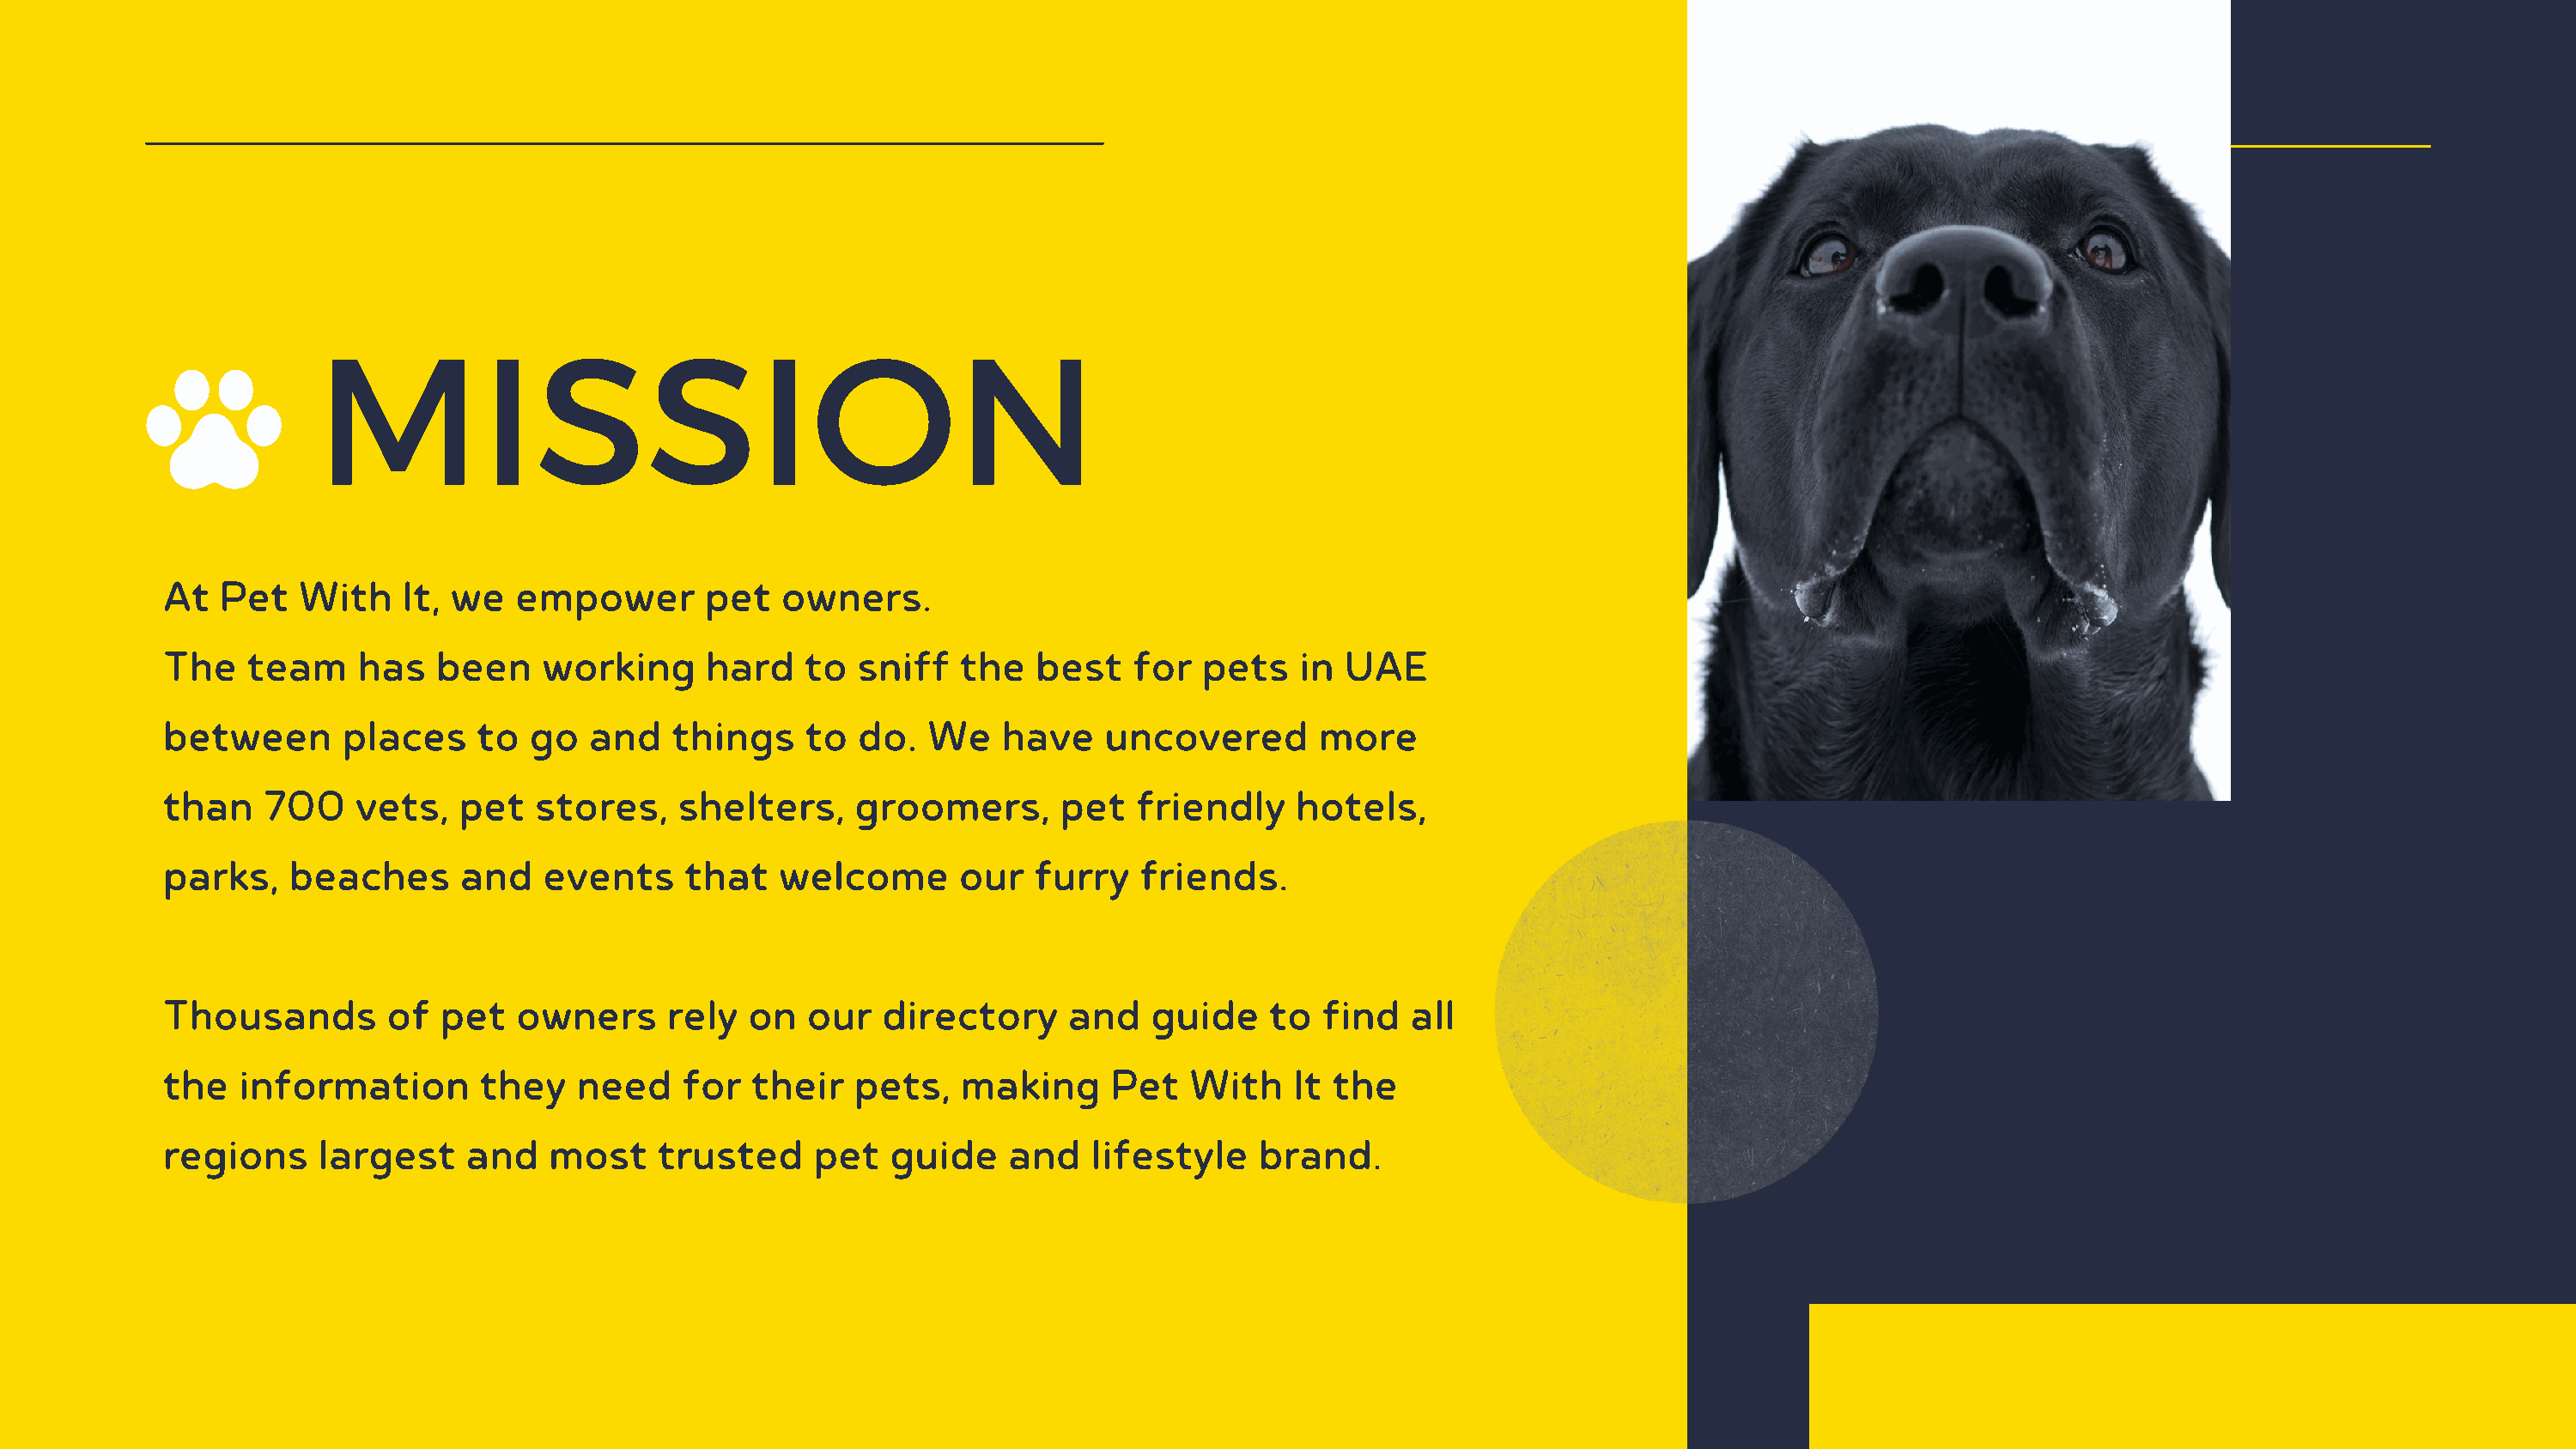
MISSION
 At  Pet   With    It, we   empower       pet   owners.
 The   team     has   been    working     hard    to  sniff   the   best   for   pets   in  UAE
 between      places     to  go  and    things    to  do.   We   have    uncovered        more
 than   700    vets,   pet   stores,    shelters,     groomers,       pet   friendly    hotels,
 parks,   beaches      and    events     that   welcome       our   furry   friends.
 Thousands        of  pet   owners     rely   on  our   directory     and    guide    to  find   all
 the  information        they   need     for  their   pets,   making      Pet   With    It the
 regions     largest    and   most     trusted     pet   guide    and   lifestyle    brand.